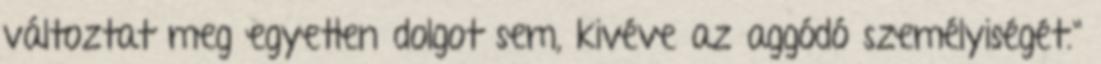
változtat meg egyetlen dolgot sem, kivéve az aggódó személyiségét."